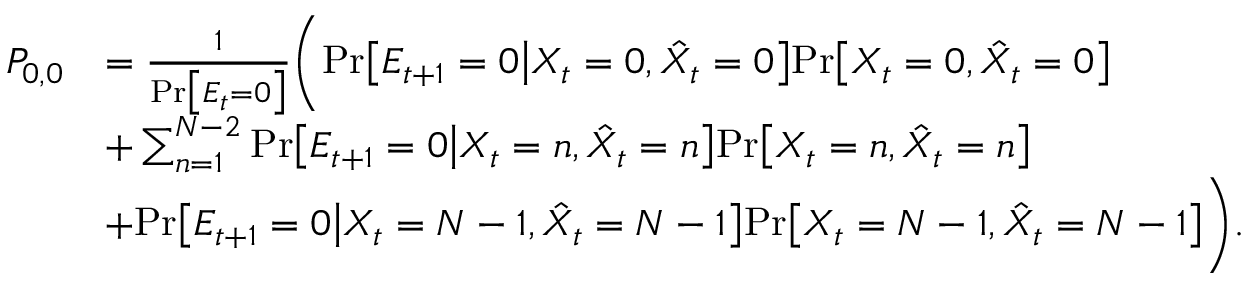
\begin{array} { r l } { P _ { 0 , 0 } } & { = \frac { 1 } { \mathrm { P r } \big [ E _ { t } = 0 \big ] } \Bigg ( \mathrm { P r } \big [ E _ { t + 1 } = 0 \big | X _ { t } = 0 , \hat { X } _ { t } = 0 \big ] \mathrm { P r } \big [ X _ { t } = 0 , \hat { X } _ { t } = 0 \big ] } \\ & { + \sum _ { n = 1 } ^ { N - 2 } \mathrm { P r } \big [ E _ { t + 1 } = 0 \big | X _ { t } = n , \hat { X } _ { t } = n \big ] \mathrm { P r } \big [ X _ { t } = n , \hat { X } _ { t } = n \big ] } \\ & { + \mathrm { P r } \big [ E _ { t + 1 } = 0 \big | X _ { t } = N - 1 , \hat { X } _ { t } = N - 1 \big ] \mathrm { P r } \big [ X _ { t } = N - 1 , \hat { X } _ { t } = N - 1 \big ] \Bigg ) . } \end{array}